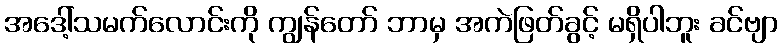
အဒေါ့်သမက်လောင်းကို ကျွန်တော် ဘာမှ အကဲဖြတ်ခွင့် မရှိပါဘူး ခင်ဗျာ